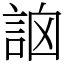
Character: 䛜